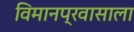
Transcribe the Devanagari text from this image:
विमानप्रवासाला